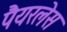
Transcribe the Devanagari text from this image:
पैयरलेस